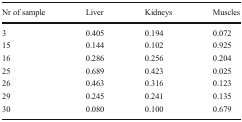
<table><thead><tr><td><b>Nr of sample</b></td><td><b>Liver</b></td><td><b>Kidneys</b></td><td><b>Muscles</b></td></tr></thead><tbody><tr><td>3</td><td>0.405</td><td>0.194</td><td>0.072</td></tr><tr><td>15</td><td>0.144</td><td>0.102</td><td>0.925</td></tr><tr><td>16</td><td>0.286</td><td>0.256</td><td>0.204</td></tr><tr><td>25</td><td>0.689</td><td>0.423</td><td>0.025</td></tr><tr><td>26</td><td>0.463</td><td>0.316</td><td>0.123</td></tr><tr><td>29</td><td>0.245</td><td>0.241</td><td>0.135</td></tr><tr><td>30</td><td>0.080</td><td>0.100</td><td>0.679</td></tr></tbody></table>